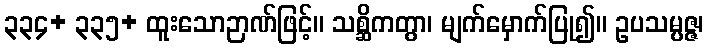
၃၃၄+ ၃၃၅+ ထူးသောဉာဏ်ဖြင့်။ သစ္ဆိကတွာ၊ မျက်မှောက်ပြု၍။ ဥပသမ္ပဇ္ဇ၊